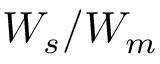
W _ { s } / W _ { m }